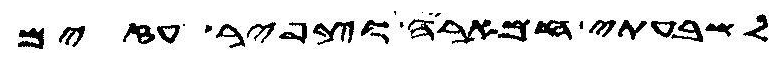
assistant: לשבעתי חמאריה וצפיר עזים